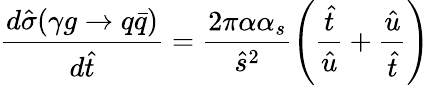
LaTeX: \frac{d\hat{\sigma}(\gamma g\rightarrow q\bar{q})}{d\hat{t}}=\frac{2\pi\alpha\alpha_{s}}{\hat{s}^{2}}\left(\frac{\hat{t}}{\hat{u}}+\frac{\hat{u}}{\hat{t}}\right)